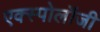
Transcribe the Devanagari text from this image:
एक्स्पोलॉजी